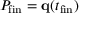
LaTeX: P _ { \mathrm { f i n } } = \mathbf { q } ( t _ { \mathrm { f i n } } )